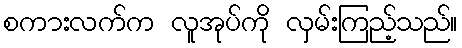
စကားလက်က လူအုပ်ကို လှမ်းကြည့်သည်။